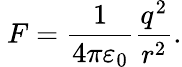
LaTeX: \ F={\frac{1}{4\pi\varepsilon_{0}}}{\frac{q^{2}}{r^{2}}}.